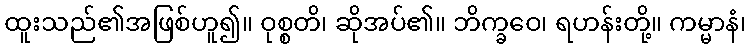
ထူးသည်၏အဖြစ်ဟူ၍။ ဝုစ္စတိ၊ ဆိုအပ်၏။ ဘိက္ခဝေ၊ ရဟန်းတို့။ ကမ္မာနံ၊